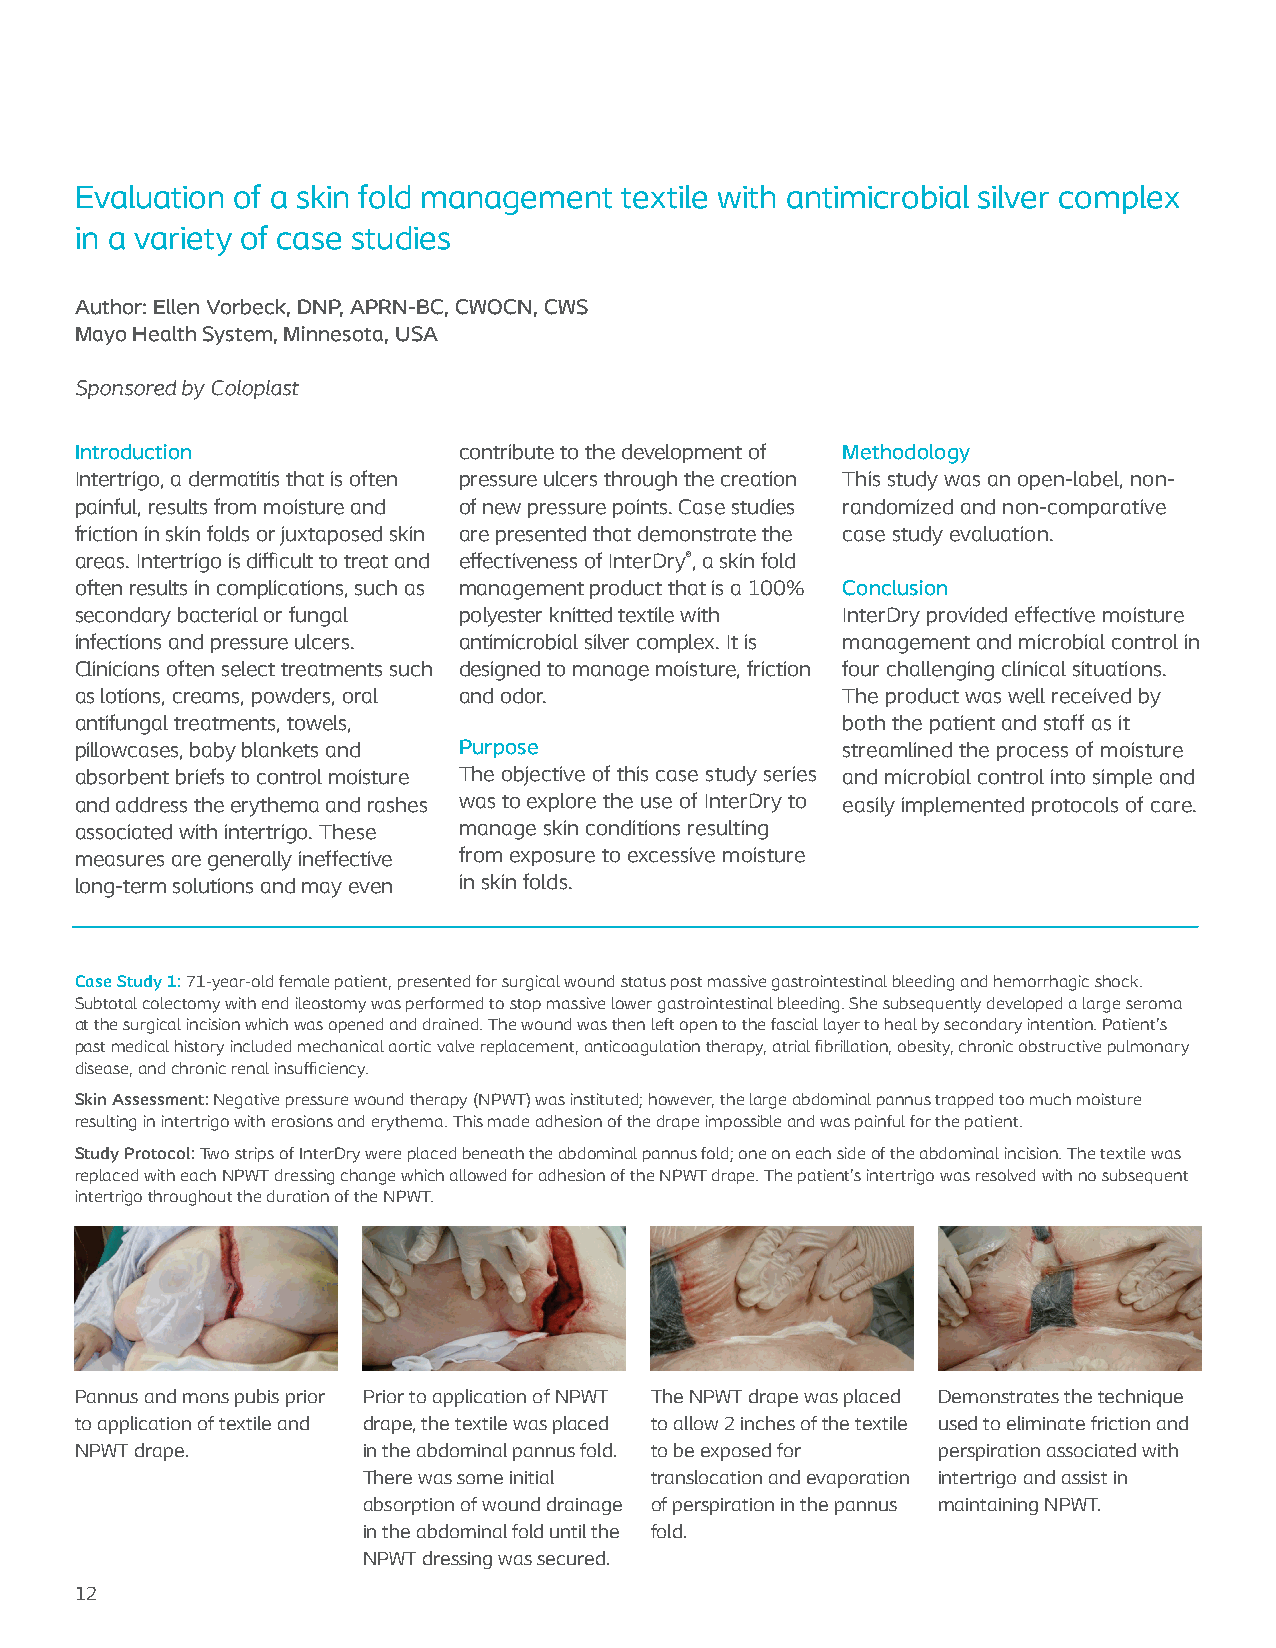
Evaluation of a skin fold management textile with antimicrobial silver complex
 in a variety of case studies
 Author: Ellen Vorbeck, DNP, APRN-BC, CWOCN, CWS
 Mayo Health System, Minnesota, USA
 Sponsored by Coloplast
 Introduction             contribute to the development of Methodology
 Intertrigo, a dermatitis that is often pressure ulcers through the creation This study was an open-label, non-
 painful, results from moisture and of new pressure points. Case studies randomized and non-comparative
 friction in skin folds or juxtaposed skin are presented that demonstrate the case study evaluation.
 areas. Intertrigo is difficult to treat and effectiveness of InterDry®, a skin fold
 often results in complications, such as management product that is a 100% Conclusion
 secondary bacterial or fungal polyester knitted textile with InterDry provided effective moisture
 infections and pressure ulcers. antimicrobial silver complex. It is management and microbial control in
 Clinicians often select treatments such designed to manage moisture, friction four challenging clinical situations.
 as lotions, creams, powders, oral and odor.        The product was well received by
 antifungal treatments, towels,                     both the patient and staff as it
 pillowcases, baby blankets and Purpose             streamlined the process of moisture
 absorbent briefs to control moisture The objective of this case study series and microbial control into simple and
 and address the erythema and rashes was to explore the use of InterDry to easily implemented protocols of care.
 associated with intertrigo. These manage skin conditions resulting
 measures are generally ineffective from exposure to excessive moisture
 long-term solutions and may even in skin folds.
 Case Study 1: 71-year-old female patient, presented for surgical wound status post massive gastrointestinal bleeding and hemorrhagic shock.
 Subtotal colectomy with end ileostomy was performed to stop massive lower gastrointestinal bleeding. She subsequently developed a large seroma
 at the surgical incision which was opened and drained. The wound was then left open to the fascial layer to heal by secondary intention. Patient’s
 past medical history included mechanical aortic valve replacement, anticoagulation therapy, atrial fibrillation, obesity, chronic obstructive pulmonary
 disease, and chronic renal insufficiency.
 Skin Assessment: Negative pressure wound therapy (NPWT) was instituted; however, the large abdominal pannus trapped too much moisture
 resulting in intertrigo with erosions and erythema. This made adhesion of the drape impossible and was painful for the patient.
 Study Protocol: Two strips of InterDry were placed beneath the abdominal pannus fold; one on each side of the abdominal incision. The textile was
 replaced with each NPWT dressing change which allowed for adhesion of the NPWT drape. The patient’s intertrigo was resolved with no subsequent
 intertrigo throughout the duration of the NPWT.
 Pannus and mons pubis prior Prior to application of NPWT The NPWT drape was placed Demonstrates the technique
 to application of textile and drape, the textile was placed to allow 2 inches of the textile used to eliminate friction and
 NPWT drape.        in the abdominal pannus fold. to be exposed for perspiration associated with
 There was some initial translocation and evaporation intertrigo and assist in
 absorption of wound drainage of perspiration in the pannus maintaining NPWT.
 in the abdominal fold until the fold.
 NPWT dressing was secured.
 12